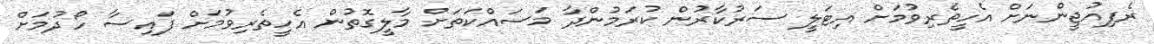
ރެފިއުޖީންނަށް އެހީތެރިވުމަށް އިޓަލީ ސަރުކާރުން ކުރަމުންދާ މަސައްކަތަށް މާލީގޮތުން އެހީތެރިވުމަށް ފައިސާ ހޯދުމަށް